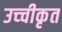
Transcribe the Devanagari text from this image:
उच्‍चीकृत